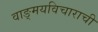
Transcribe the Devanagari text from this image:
वाङ्मयविचाराची